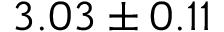
3 . 0 3 \pm 0 . 1 1